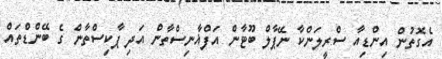
އެގޮތުން އިންޑިއާ ސްރީލަންކާ ނޭޕާލް ބޫޓާން އަފްޣާނިސްތާން އަދި ޕާކިސްތާން ގެ ބޭންޑްތައް